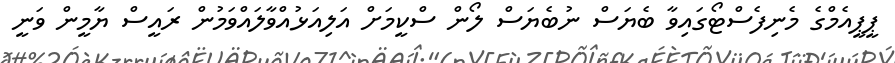
ޕީޕީއެމްގެ މެނިފެސްޓޯގައިވާ ބެޔަސް ނުބެޔަސް ލޯން ސްކީމަށް އަލިއަޅުއްވާލައްވަމުން ރައީސް ޔާމީން ވަނީ